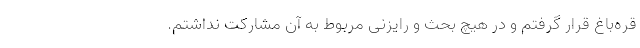
قره‌باغ قرار گرفتم و در هیچ بحث و رایزنی مربوط به آن مشارکت نداشتم.